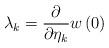
LaTeX: \begin{align*} {\lambda _k} = \frac{\partial }{{\partial {\eta_k}}}w\left( 0 \right)\end{align*}